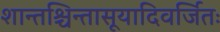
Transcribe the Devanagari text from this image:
शान्तश्चिन्तासूयादिवर्जितः